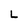
Character: L